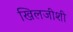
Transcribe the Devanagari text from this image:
खिलजीशी